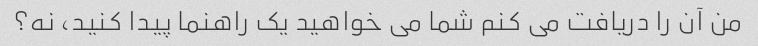
من آن را دریافت می کنم شما می خواهید یک راهنما پیدا کنید، نه؟